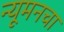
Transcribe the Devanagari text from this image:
न्यूमनचा